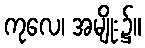
ကုလေ၊ အမျိုး၌။